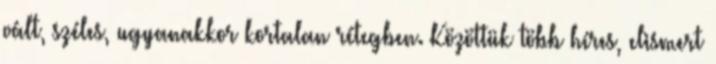
vált, széles, ugyanakkor kortalan rétegben. Közöttük több híres, elismert